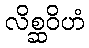
လိစ္ဆဝိဟံ